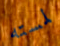
لمسته